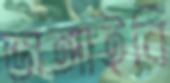
ভাঙ্গাইবি